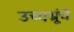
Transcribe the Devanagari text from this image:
उच्चभ्रूंचे